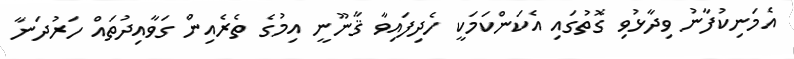
އެމަނިކުފާނު ވިދާޅުވި ގޮތުގައި އެކަންކަމަކީ ހެދިފައިވާ ޤާނޫނީ އިމުގެ ތެރެއިން ގަވާއިދުތައް ހަރުދަނާ